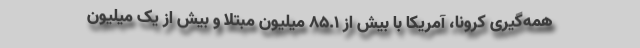
همه‌گیری کرونا، آمریکا با بیش از ۸۵.۱ میلیون مبتلا و بیش از یک میلیون